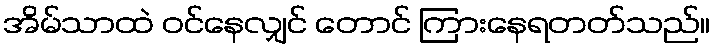
အိမ်သာထဲ ဝင်နေလျှင် တောင် ကြားနေရတတ်သည်။